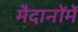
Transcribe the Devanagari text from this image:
मैदानोंमें